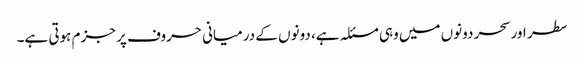
سطر اور سحر دونوں میں وہی مسئلہ ہے، دونوں کے درمیانی حروف پر جزم ہوتی ہے۔